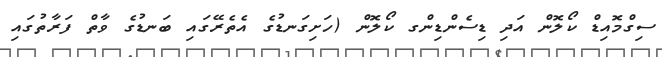
ސިގްމޮއިޑް ކޯލޮން އަދި ޑިސެންޑިންގ ކޯލޮން (ހަށިގަނޑުގެ އެތެރޭގައި ބަނޑުގެ ވާތް ފަރާތުގައި